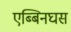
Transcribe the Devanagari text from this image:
एब्बिनघस